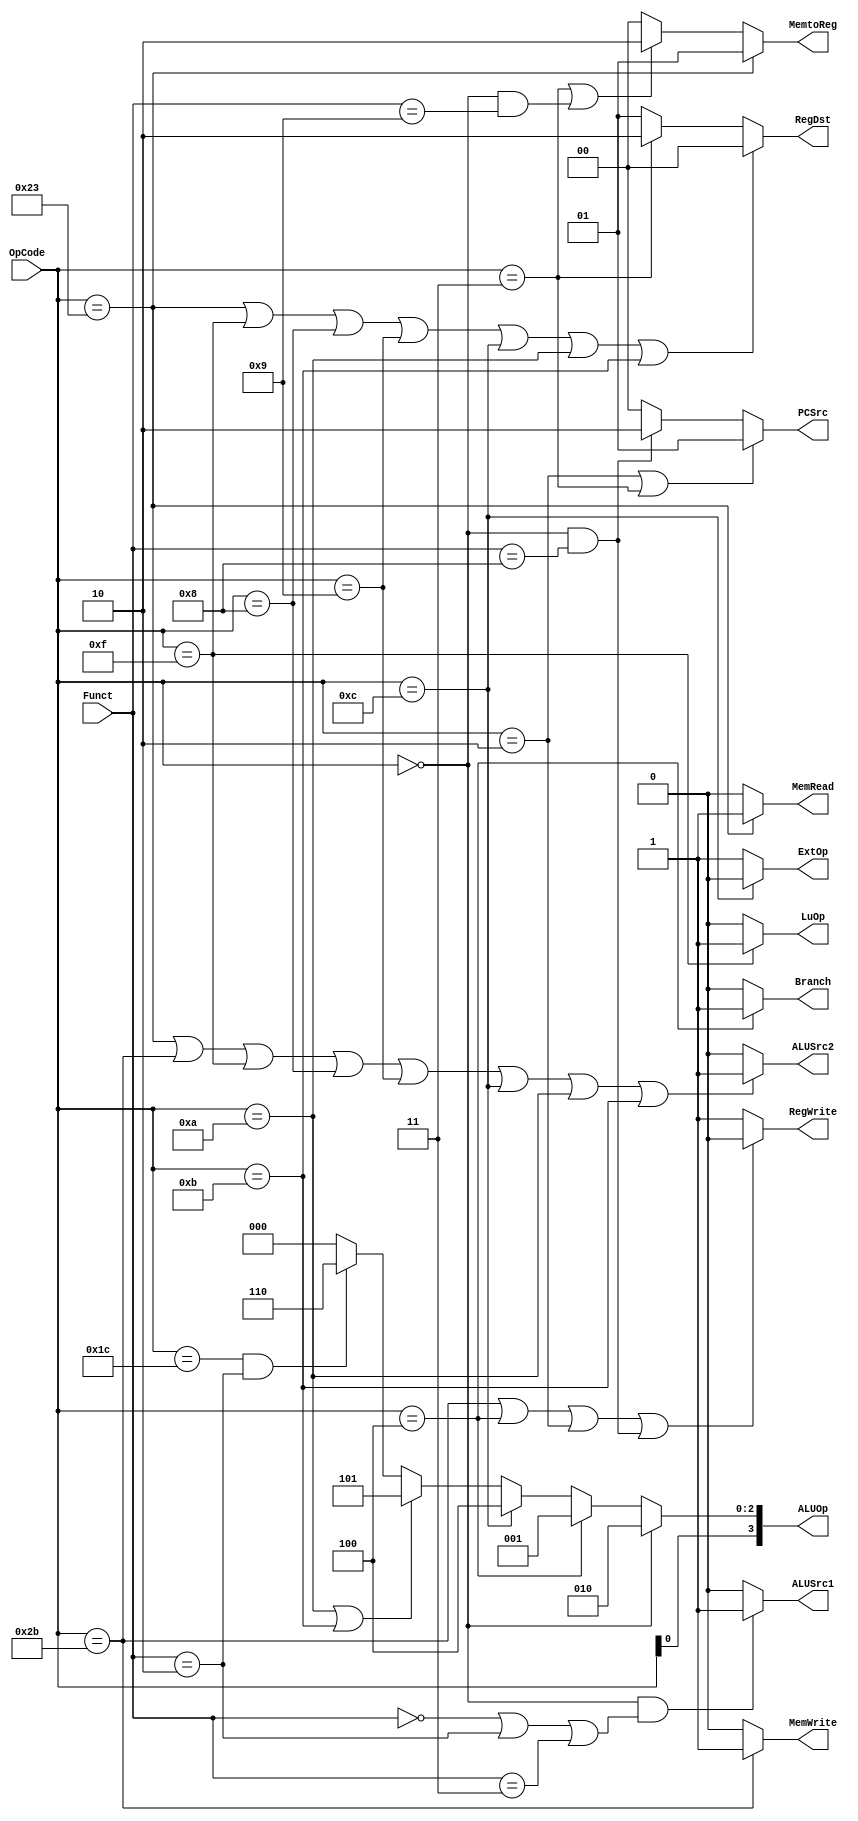

module Control(
        input  [6 -1:0] OpCode   ,
        input  [6 -1:0] Funct    ,
        output [2 -1:0] PCSrc    ,
        output Branch            ,
        output RegWrite          ,
        output [2 -1:0] RegDst   ,
        output MemRead           ,
        output MemWrite          ,
        output [2 -1:0] MemtoReg ,
        output ALUSrc1           ,
        output ALUSrc2           ,
        output ExtOp             ,
        output LuOp              ,
        output [4 -1:0] ALUOp
    );


    // Your code below (for question 1)
    //
    //
    // PCSrc: 1-j,jal. 2-jr. 0-branch,else
    assign PCSrc[1:0] = (OpCode == 6'h02 || OpCode == 6'h03)? 1 : (OpCode == 6'h0 && Funct == 6'h08) ? 2 : 0;

    // branch: 1-beq. 0-else
    assign Branch = (OpCode == 6'h04) ? 1'b1 : 1'b0;

    // RegWrite: 0-sw,beq,j,jr. 1-else
    assign RegWrite = (OpCode == 6'h2b || OpCode == 6'h04 || OpCode == 6'h02 || (OpCode == 6'h0 && Funct == 6'h08)) ? 0 : 1;

    // RegDst: 0-lw,lui,addi,addiu,andi,slti,sltiu. 2-jal. 1-else
    assign RegDst = (OpCode == 6'h23 || OpCode == 6'h0f || OpCode == 6'h08 || OpCode == 6'h09 || OpCode == 6'h0c || OpCode == 6'h0a || OpCode == 6'h0b) ? 0 : (OpCode == 6'h03) ? 2 : 1;

    // MemRead: 1-lw. 0-else
    assign MemRead = (OpCode == 6'h23) ? 1 : 0;

    // MemWrite: 1-sw. 0-else
    assign MemWrite = (OpCode == 6'h2b) ? 1 : 0;

    // MemtoReg: 1-lw. 2-jal. 0-else
    assign MemtoReg = (OpCode == 6'h23) ? 1 : (OpCode == 6'h03 || (OpCode == 6'h00 && Funct == 6'h09)) ? 2 : 0;

    // ALUSrc1: 1-sll,srl,sra. 0-else
    assign ALUSrc1 = (OpCode == 6'h00 && (Funct == 6'h00 || Funct == 6'h02 || Funct == 6'h03)) ? 1 : 0;

    // ALUSrc2: 1-lw,sw,lui,addi,addiu,andi,slti,sltiu. 0-else
    assign ALUSrc2 = (OpCode == 6'h23 || OpCode == 6'h2b || OpCode == 6'h0f || OpCode == 6'h08 || OpCode == 6'h09 || OpCode == 6'h0c || OpCode == 6'h0a || OpCode == 6'h0b) ? 1 : 0;

    // ExtOp: 0-andi. 1-else
    assign ExtOp = (OpCode == 6'h0c) ? 0 : 1;

    // LuOp: 1-lui. 0-else
    assign LuOp = (OpCode == 6'h0f) ? 1 : 0;
    //
    //
    // Your code above (for question 1)

    // set ALUOp
    assign ALUOp[2:0] =
           (OpCode == 6'h00)? 3'b010:
           (OpCode == 6'h04)? 3'b001:
           (OpCode == 6'h0c)? 3'b100:
           (OpCode == 6'h0a || OpCode == 6'h0b)? 3'b101:
           (OpCode == 6'h1c && Funct == 6'h02)? 3'b110:
           3'b000; //mul

    assign ALUOp[3] = OpCode[0];




endmodule